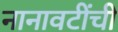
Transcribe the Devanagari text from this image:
नानावटींची